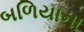
બળિયાના